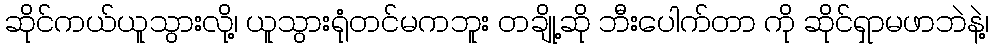
ဆိုင်ကယ်ယူသွားလို့၊ ယူသွားရုံတင်မကဘူး တချို့ဆို ဘီးပေါက်တာ ကို ဆိုင်ရှာမဖာဘဲနဲ့၊